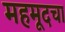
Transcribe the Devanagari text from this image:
महमूदचा